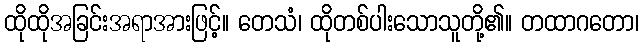
ထိုထိုအခြင်းအရာအားဖြင့်။ တေသံ၊ ထိုတစ်ပါးသောသူတို့၏။ တထာဂတော၊